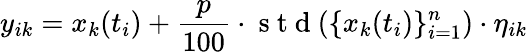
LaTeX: y_{ik}=x_{k}(t_{i})+\frac{p}{100}\cdot\mathrm{~s~t~d~}(\{ x_{k}(t_{i})\} _{i=1}^{n})\cdot\eta_{ik}